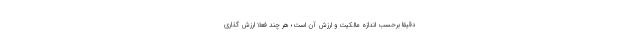
دقیقاً برحسب اندازه مالکیت و ارزش آن است؛ هر چند فعلاً ارزش گذاری